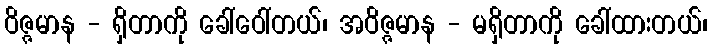
ဝိဇ္ဇမာန - ရှိတာကို ခေါ်ဝေါ်တယ်၊ အဝိဇ္ဇမာန - မရှိတာကို ခေါ်ထားတယ်၊